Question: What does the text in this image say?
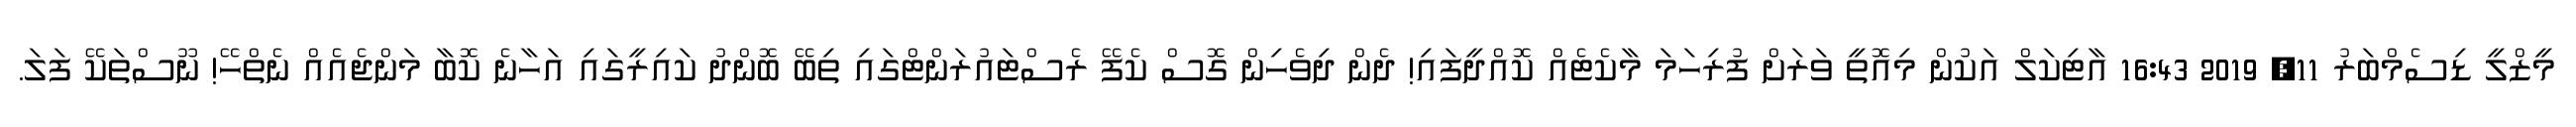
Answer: މީޒްލީ ޑިސެމްބަރު 11, 2019 16:43 އާޓިކަލް އަކުން މިއޮތީ ވަރަށް ފުރިހަމަ މާކެޓެއް ކޮއްދީފައި! ދެން ދިވެހިން ގޮސް ކެފޭ ރެސްޓައުރަންޓްގައި ތިބޭ ބޮންދު ކައިރީގައި އަހާނެ ކޮބާ މަންޖެއެއް ނެތްހޭ! ނޫސްތަކޭ ފަލަ.